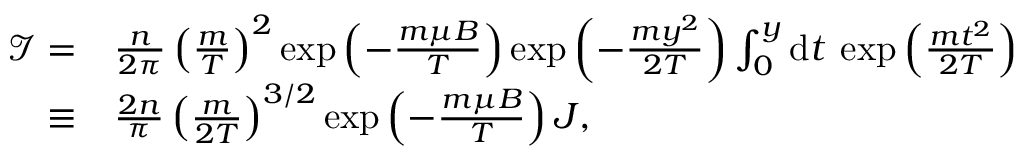
\begin{array} { r l } { \mathcal { I } = } & { \frac { n } { 2 \pi } \left( \frac { m } { T } \right) ^ { 2 } \exp \left( - \frac { m \mu B } { T } \right) \exp \left( - \frac { m y ^ { 2 } } { 2 T } \right) \int _ { 0 } ^ { y } \mathrm { d } t \: \exp \left( \frac { m t ^ { 2 } } { 2 T } \right) } \\ { \equiv } & { \frac { 2 n } { \pi } \left( \frac { m } { 2 T } \right) ^ { 3 / 2 } \exp \left( - \frac { m \mu B } { T } \right) J , } \end{array}